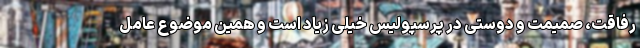
رفاقت، صمیمت و دوستی در پرسپولیس خیلی زیاد است و همین موضوع عامل